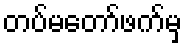
တပ်မတော်ဖက်မှ